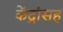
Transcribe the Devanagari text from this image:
केंद्रांसह